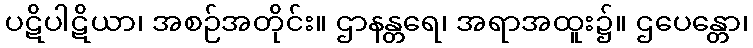
ပဋိပါဋိယာ၊ အစဉ်အတိုင်း။ ဌာနန္တရေ၊ အရာအထူး၌။ ဌပေန္တော၊